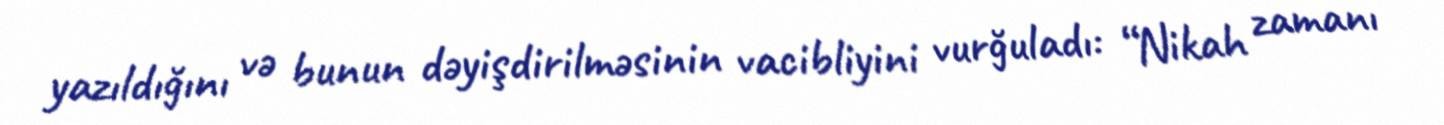
yazıldığını və bunun dəyişdirilməsinin vacibliyini vurğuladı: “Nikah zamanı